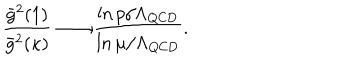
LaTeX: { \frac { \bar { g } ^ { 2 } ( 1 ) } { \bar { g } ^ { 2 } ( \kappa ) } } \longrightarrow \frac { \ln p / \Lambda _ { \mathrm { Q C D } } } { \ln \mu / \Lambda _ { \mathrm { Q C D } } } .